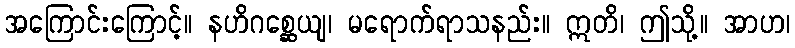
အကြောင်းကြောင့်။ နဟိဂစ္ဆေယျ၊ မရောက်ရာသနည်း။ ဣတိ၊ ဤသို့။ အာဟ၊